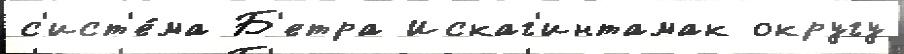
с'ист'е́ма Б'етра Искаг'интамак округу